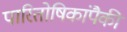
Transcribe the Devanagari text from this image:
पारितोषिकांपैकी